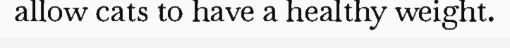
allow cats to have a healthy weight.